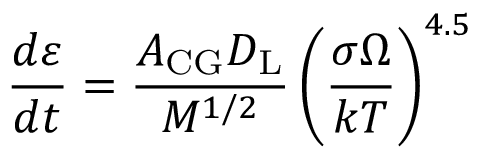
{ \frac { d \varepsilon } { d t } } = { \frac { A _ { \mathrm { { C G } } } D _ { \mathrm { { L } } } } { M ^ { 1 / 2 } } } \left( { \frac { \sigma \Omega } { k T } } \right) ^ { 4 . 5 }